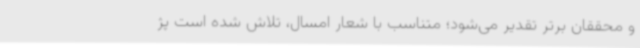
و محققان برتر تقدیر می‌شود؛ متناسب با شعار امسال، تلاش شده است پژ